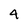
Character: 4